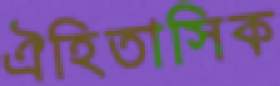
ঐহিতাসিক